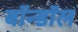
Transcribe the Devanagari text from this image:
बॉन्डॉल